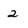
Character: 2